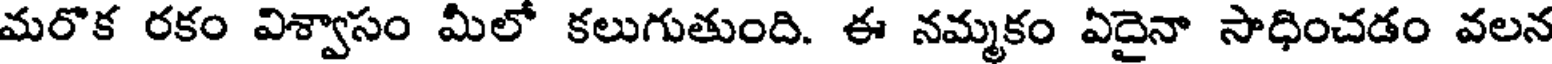
మరొక రకం విశ్వాసం మీలో కలుగుతుంది. ఈ నమ్మకం ఏదైనా సాధించడం వలన